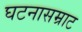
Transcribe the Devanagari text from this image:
घटनासम्राट